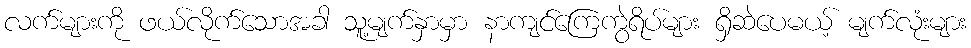
လက်များကို ဖယ်လိုက်သောအခါ သူ့မျက်နှာမှာ နာကျင်ကြေကွဲရိပ်များ ရှိဆဲပေမယ့် မျက်လုံးများ